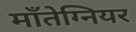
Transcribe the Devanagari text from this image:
माँतेग्नियर